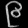
Digit: ၉